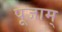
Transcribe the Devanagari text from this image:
पूजाम्